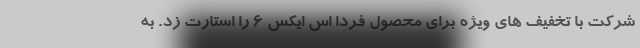
شرکت با تخفیف های ویژه برای محصول فردا اس ایکس 6 را استارت زد. به